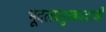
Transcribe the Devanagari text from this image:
भूदलप्रमुखपदाची